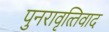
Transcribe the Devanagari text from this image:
पुनरावृत्‍तिवाद